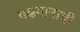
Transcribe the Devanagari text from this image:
यक्षगानाची